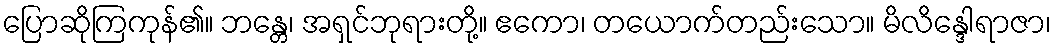
ပြောဆိုကြကုန်၏။ ဘန္တေ၊ အရှင်ဘုရားတို့။ ဧကော၊ တယောက်တည်းသော။ မိလိန္ဒေါရာဇာ၊